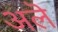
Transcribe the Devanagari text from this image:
अलॆ